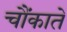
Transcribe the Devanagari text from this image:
चौंकाते